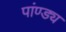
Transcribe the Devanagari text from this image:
पांण्ड्य